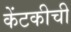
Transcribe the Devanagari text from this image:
केंटकीची